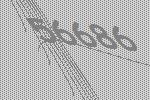
56686